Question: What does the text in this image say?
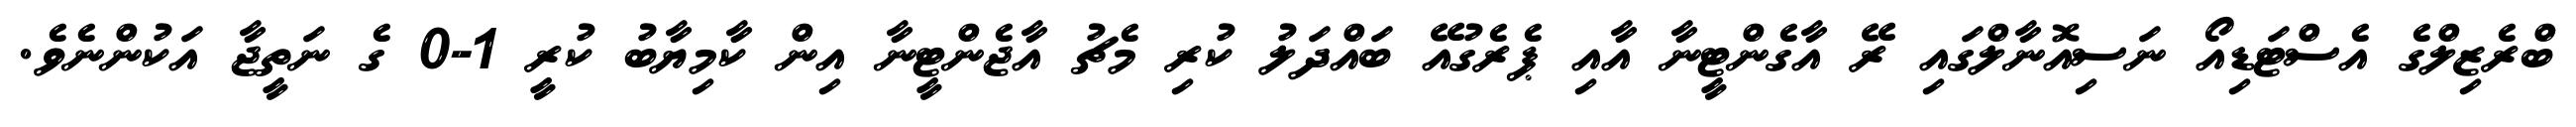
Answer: ބްރެޒިލްގެ އެސްޓަޑިއޯ ނަސިއޮނާލްގައި ރޭ އާގެންޓީނާ އާއި ޕެރެގުއޭ ބައްދަލު ކުރި މެޗު އާޖެންޓީނާ އިން ކާމިޔާބު ކުރީ 1-0 ގެ ނަތީޖާ އަކުންނެވެ.